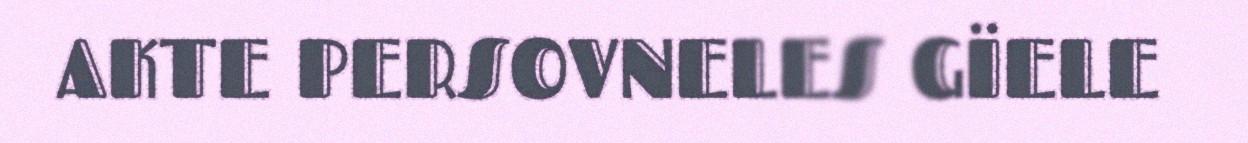
AKTE PERSOVNELES GÏELE